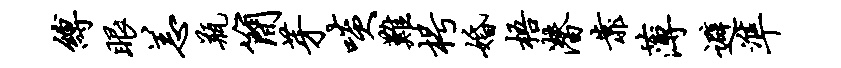
缚眼恙瓶简芽啖难枵婚梧潜靠薄避准